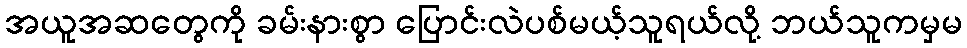
အယူအဆတွေကို ခမ်းနားစွာ ပြောင်းလဲပစ်မယ့်သူရယ်လို့ ဘယ်သူကမှမ